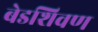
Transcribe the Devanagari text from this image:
बेडशिवण